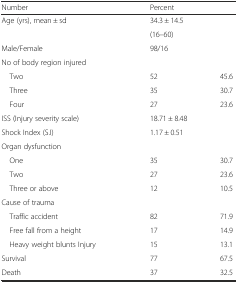
<table><thead><tr><td><b>Number</b></td><td colspan="2"><b>Percent</b></td></tr></thead><tbody><tr><td>Age (yrs), mean ± sd</td><td colspan="2">34.3 ± 14.5</td></tr><tr><td></td><td colspan="2">(16–60)</td></tr><tr><td>Male/Female</td><td colspan="2">98/16</td></tr><tr><td colspan="3">No of body region injured</td></tr><tr><td> Two</td><td>52</td><td>45.6</td></tr><tr><td> Three</td><td>35</td><td>30.7</td></tr><tr><td> Four</td><td>27</td><td>23.6</td></tr><tr><td>ISS (Injury severity scale)</td><td colspan="2">18.71 ± 8.48</td></tr><tr><td>Shock Index (S.I)</td><td colspan="2">1.17 ± 0.51</td></tr><tr><td colspan="3">Organ dysfunction</td></tr><tr><td> One</td><td>35</td><td>30.7</td></tr><tr><td> Two</td><td>27</td><td>23.6</td></tr><tr><td> Three or above</td><td>12</td><td>10.5</td></tr><tr><td colspan="3">Cause of trauma</td></tr><tr><td> Traffic accident</td><td>82</td><td>71.9</td></tr><tr><td> Free fall from a height</td><td>17</td><td>14.9</td></tr><tr><td> Heavy weight blunts Injury</td><td>15</td><td>13.1</td></tr><tr><td>Survival</td><td>77</td><td>67.5</td></tr><tr><td>Death</td><td>37</td><td>32.5</td></tr></tbody></table>